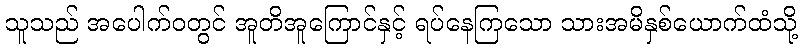
သူသည် အပေါက်ဝတွင် အူတိအူကြောင်နှင့် ရပ်နေကြသော သားအမိနှစ်ယောက်ထံသို့